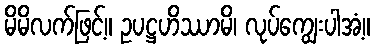
မိမိလက်ဖြင့်။ ဥပဋ္ဌဟိဿာမိ၊ လုပ်ကျွေးပါအံ့။